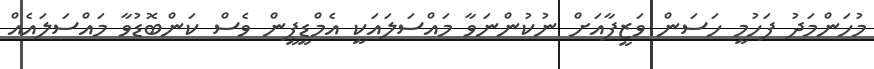
މުހަންމަދު ފަހުމީ ހަސަން ވަޒީފާއަށް ނުކުންނަވާ މައްސަލައަކީ އެމްޑީޕީން ވެސް ކަންބޮޑުވާ މައްސަލައެއް